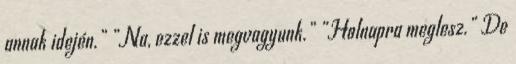
annak idején.” „Na, ezzel is megvagyunk.” „Holnapra meglesz.” De